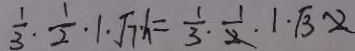
\frac { 1 } { 3 } \cdot \frac { 1 } { 2 } \cdot 1 \cdot \sqrt { 7 } \times h = \frac { 1 } { 3 } \cdot \frac { 1 } { 2 } \cdot 1 \cdot \sqrt { 3 } \cdot 2